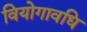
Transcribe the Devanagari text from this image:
वियोगावधि